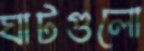
ঘাটগুলো